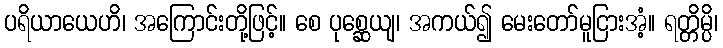
ပရိယာယေဟိ၊ အကြောင်းတို့ဖြင့်။ စေ ပုစ္ဆေယျ၊ အကယ်၍ မေးတော်မူငြားအံ့။ ရတ္တိမ္ပိ၊